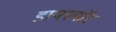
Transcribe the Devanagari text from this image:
डायस्पॉर